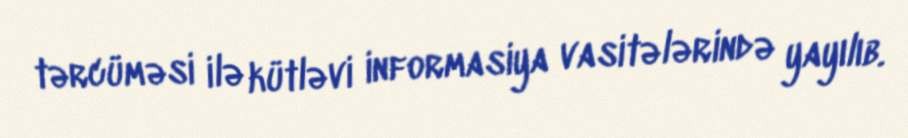
tərcüməsi ilə kütləvi informasiya vasitələrində yayılıb.